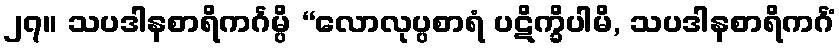
၂၇။ သပဒါနစာရိကင်္ဂမ္ပိ “လောလုပ္ပစာရံ ပဋိက္ခိပါမိ, သပဒါနစာရိကင်္ဂံ